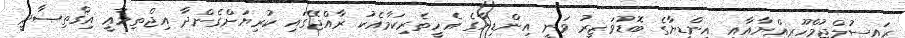
ރައީސުލްޖުމްހޫރިއްޔާއާއި އިންޑިޔާގެ ބޮޑުވަޒީރު ވަނީ އިންޑިޔާގެ އެހީތެރިކަމާއެކު ރާއްޖޭގައި ކުރިޔަށްގެންދާ އިޖްތިމާޢީ އިޤްތިޞާދީ